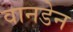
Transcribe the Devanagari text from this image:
वानडेन